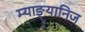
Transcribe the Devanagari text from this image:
म्याङ्यानिज